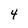
Character: 4